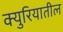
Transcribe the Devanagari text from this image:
क्युरियातील